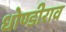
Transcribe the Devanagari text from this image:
धोण्डीराव